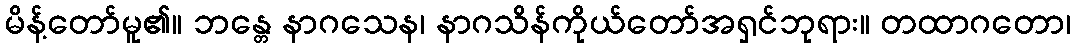
မိန့်တော်မူ၏။ ဘန္တေ နာဂသေန၊ နာဂသိန်ကိုယ်တော်အရှင်ဘုရား။ တထာဂတော၊